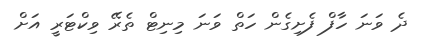
ދެ ވަނަ ހާފް ފެށިގެން ހަތް ވަނަ މިނިޓް ތެރޭ ވިކްޓަރީ އަށް